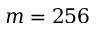
m = 2 5 6